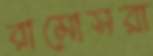
রামোসরা